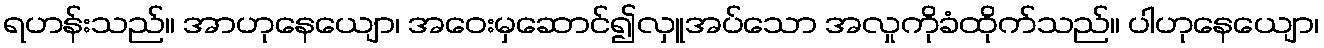
ရဟန်းသည်။ အာဟုနေယျော၊ အဝေးမှဆောင်၍လှူအပ်သော အလှုကိုခံထိုက်သည်။ ပါဟုနေယျော၊